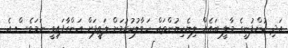
އަދި ކުންފުނީގެ މާލީ ބައެއް ލިޔެކިޔުންތައް ހަވާލުކުރުމަށް ލަތީފަށް އަންގާފައިވީ ނަމަވެސް އެ